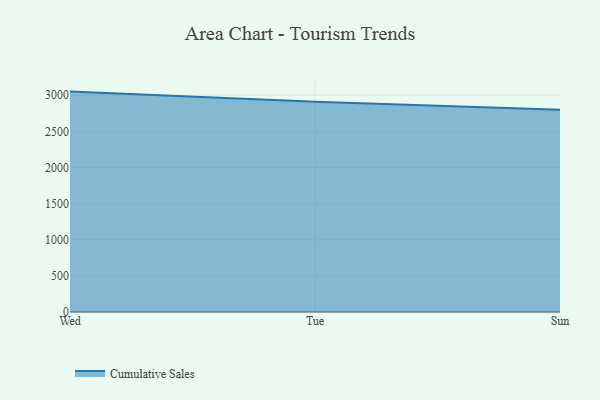
{"axis": {"x": "Day", "y": "Gross Profit (USD K)"}, "legend": ["Cumulative Sales"], "data": [{"x": "Wed", "y": 3050.6, "type": "Cumulative Sales"}, {"x": "Tue", "y": 2909.6, "type": "Cumulative Sales"}, {"x": "Sun", "y": 2798.6, "type": "Cumulative Sales"}]}